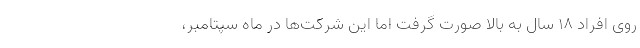
روی افراد ۱۸ سال به بالا صورت گرفت اما این شرکت‌ها در ماه سپتامبر،